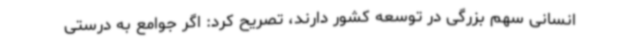
انسانی سهم بزرگی در توسعه کشور دارند، تصریح کرد: اگر جوامع به درستی